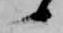
候